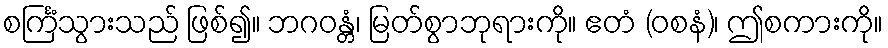
စင်္ကြံသွားသည် ဖြစ်၍။ ဘဂဝန္တံ၊ မြတ်စွာဘုရားကို။ ဧတံ (ဝစနံ)၊ ဤစကားကို။